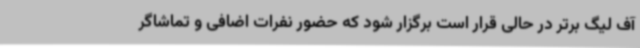
آف لیگ برتر در حالی قرار است برگزار شود که حضور نفرات اضافی و تماشاگر